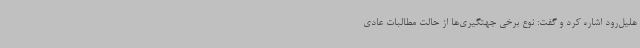
هلیل‌رود اشاره کرد و گفت: نوع برخی جهتگیری‌ها از حالت مطالبات عادی